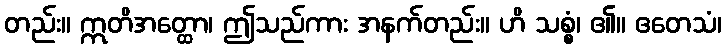
တည်း။ ဣတိအတ္ထော၊ ဤသည်ကား အနက်တည်း။ ဟိ သစ္စံ၊ ၏။ ဧတေသံ၊